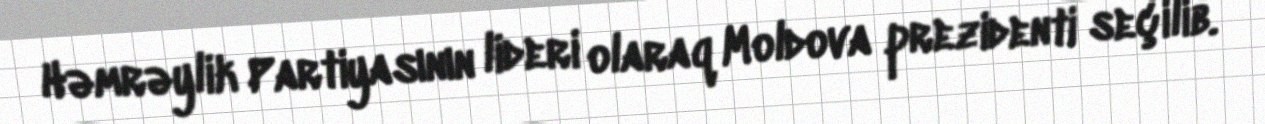
Həmrəylik Partiyasının lideri olaraq Moldova prezidenti seçilib.